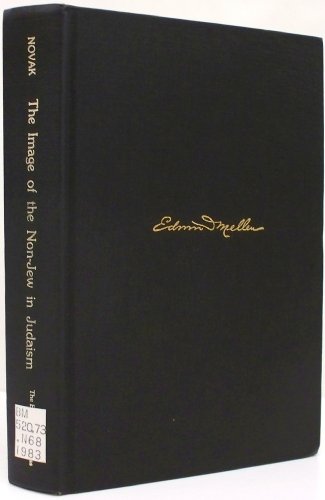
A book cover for The Image of the Non-Jew in Judaism: An Historical and Constructive Study of the Noahide Laws (Toronto Studies in Theology); David Novak; Religion & Spirituality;